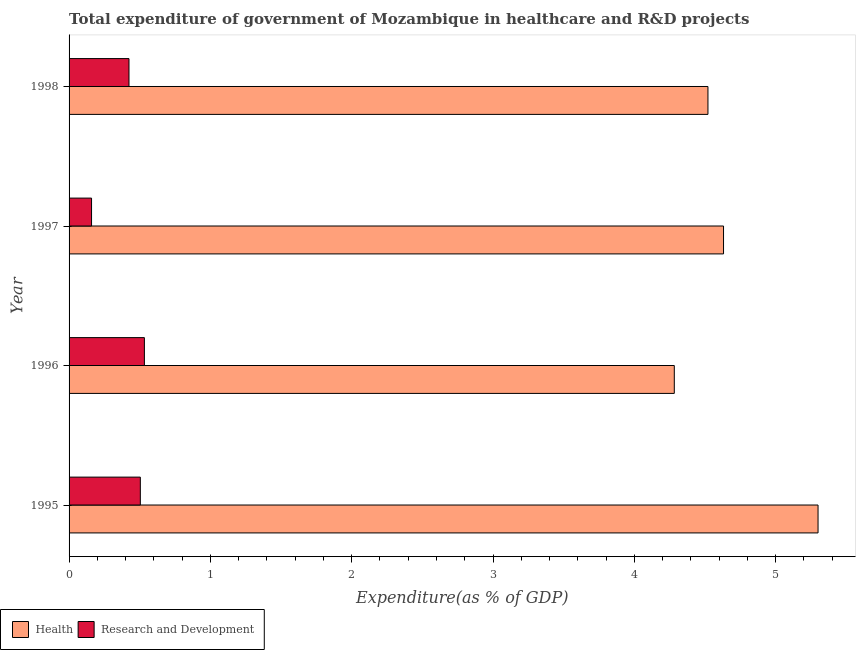
| Year | Health | Research and Development |
 | --- | --- | --- |
 | 1995 | 5.3 | 0.504 |
 | 1996 | 4.28 | 0.533 |
 | 1997 | 4.63 | 0.159 |
 | 1998 | 4.52 | 0.424 |